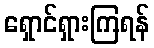
ရှောင်ရှားကြရန်